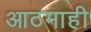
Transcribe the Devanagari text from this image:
आठमाही